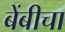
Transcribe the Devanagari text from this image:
बेंबीचा